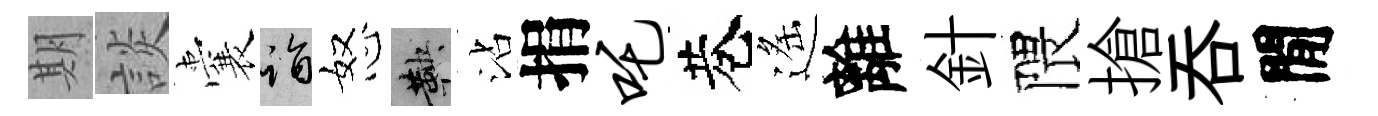
期談囊诣怒鞅沾捐吒巷遙離針隈搶呑閒